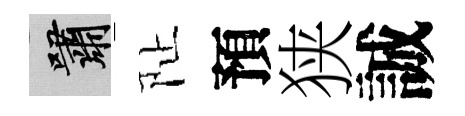
嘯阯預狭誠